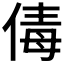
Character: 𠉩